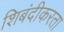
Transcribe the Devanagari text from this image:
शिबंदीकरता